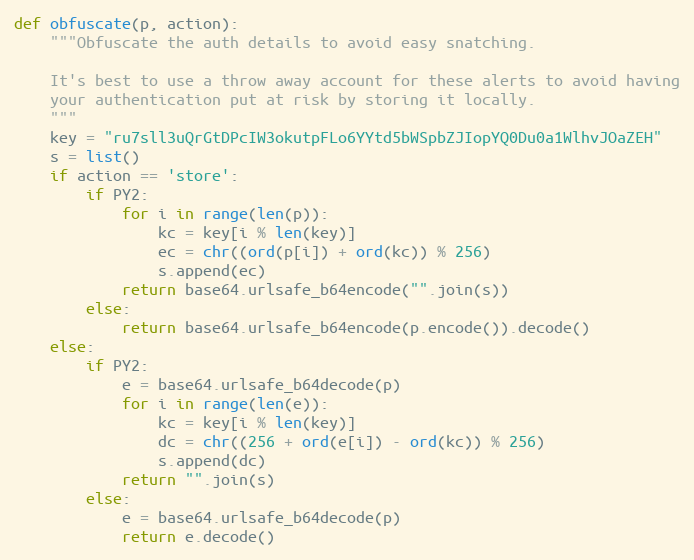
Language: Python
def obfuscate(p, action):
    """Obfuscate the auth details to avoid easy snatching.

    It's best to use a throw away account for these alerts to avoid having
    your authentication put at risk by storing it locally.
    """
    key = "ru7sll3uQrGtDPcIW3okutpFLo6YYtd5bWSpbZJIopYQ0Du0a1WlhvJOaZEH"
    s = list()
    if action == 'store':
        if PY2:
            for i in range(len(p)):
                kc = key[i % len(key)]
                ec = chr((ord(p[i]) + ord(kc)) % 256)
                s.append(ec)
            return base64.urlsafe_b64encode("".join(s))
        else:
            return base64.urlsafe_b64encode(p.encode()).decode()
    else:
        if PY2:
            e = base64.urlsafe_b64decode(p)
            for i in range(len(e)):
                kc = key[i % len(key)]
                dc = chr((256 + ord(e[i]) - ord(kc)) % 256)
                s.append(dc)
            return "".join(s)
        else:
            e = base64.urlsafe_b64decode(p)
            return e.decode()